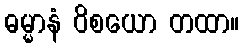
ဓမ္မာနံ ဝိစယော တထာ။